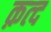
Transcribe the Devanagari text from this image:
क़त्द